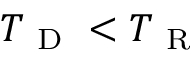
{ T _ { \mathrm { ~ D ~ } } } < { T _ { \mathrm { ~ R ~ } } }